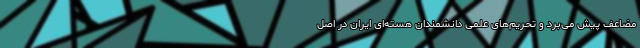
مضاعف پیش می‌برد و تحریم‌های علمی دانشمندان هسته‌ای ایران در اصل